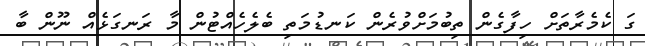
ގަ ކެމެރާތަށް ހިފާގެން ތިބުމަށްވުރެން ކަނޑުމަތި ބެލެހެއްޓުން މާ ރަނގަޅެއް ނޫން ބާ